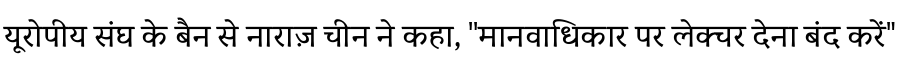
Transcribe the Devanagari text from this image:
यूरोपीय संघ के बैन से नाराज़ चीन ने कहा, ''मानवाधिकार पर लेक्चर देना बंद करें"